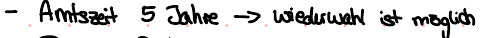
- Amtszeit 5 Jahre -> wiederwahl ist möglich